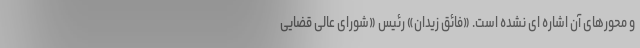
و محورهای آن اشاره ای نشده است. «فائق زیدان» رئیس «شورای عالی قضایی